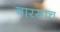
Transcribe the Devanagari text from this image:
वारसाच